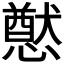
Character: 𭟂